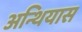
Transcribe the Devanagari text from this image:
अन्थियास